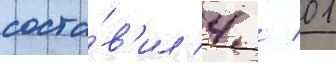
соста́в'ил 4 / 01